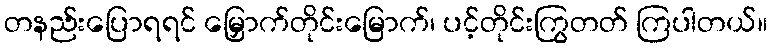
တနည်းပြောရရင် မြှောက်တိုင်းမြောက်၊ ပင့်တိုင်းကြွတတ် ကြပါတယ်။